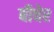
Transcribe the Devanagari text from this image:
बीचेर